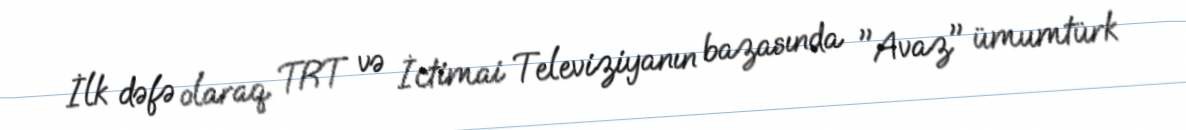
İlk dəfə olaraq TRT və İctimai Televiziyanın bazasında "Avaz" ümumtürk